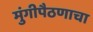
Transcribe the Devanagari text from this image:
मुंगीपैठणाचा